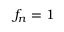
f _ { n } = 1